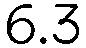
6.3